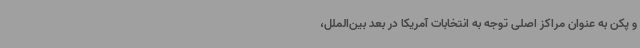
و پکن به عنوان مراکز اصلی توجه به انتخابات آمریکا در بعد بین‌الملل،